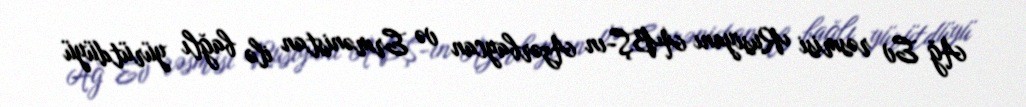
Ağ Ev rəsmisi Rusiyanı ABŞ-ın Azərbaycan və Ermənistan ilə bağlı yürütdüyü